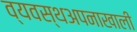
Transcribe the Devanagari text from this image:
व्यवस्थअपनाखाली